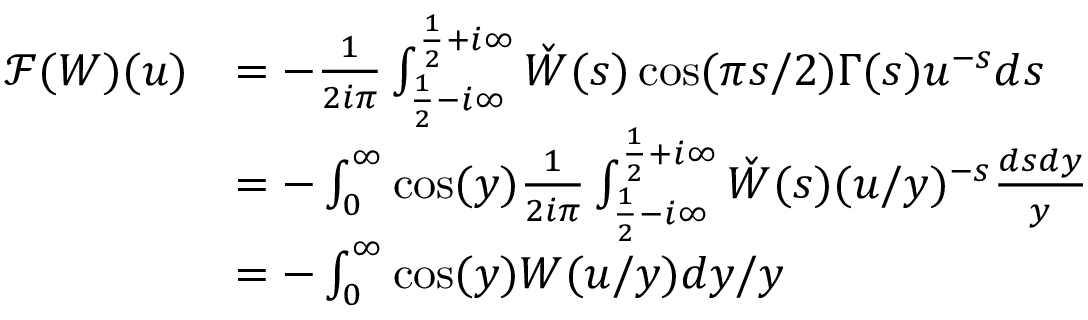
\begin{array} { r l } { \mathscr { F } ( W ) ( u ) } & { = - \frac { 1 } { 2 i \pi } \int _ { \frac 1 2 - i \infty } ^ { \frac 1 2 + i \infty } \check { W } ( s ) \cos ( \pi s / 2 ) \Gamma ( s ) u ^ { - s } d s } \\ & { = - \int _ { 0 } ^ { \infty } \cos ( y ) \frac { 1 } { 2 i \pi } \int _ { \frac 1 2 - i \infty } ^ { \frac 1 2 + i \infty } \check { W } ( s ) ( u / y ) ^ { - s } \frac { d s d y } { y } } \\ & { = - \int _ { 0 } ^ { \infty } \cos ( y ) W ( u / y ) d y / y } \end{array}